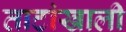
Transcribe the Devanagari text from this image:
ताटांखाली